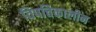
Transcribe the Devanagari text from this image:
विपत्तिकालीन